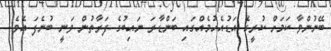
ބޭނުންވާ ކަމަށް ކުރީގެ އަޑުއެހުމެއްގައި ބަންޑާރަ ނައިބުގެ ފަރާތުން ވަނީ ބުނެފަ އެވެ.